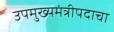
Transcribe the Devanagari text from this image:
उपमुख्यमंत्रीपदाचा